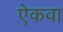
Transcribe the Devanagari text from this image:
ऐकवा